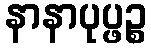
နာနာပုပ္ဖဉ္စ